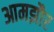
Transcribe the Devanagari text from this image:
आमझौर